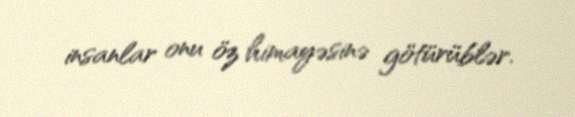
insanlar onu öz himayəsinə götürüblər.